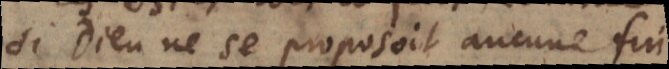
si Dieu ne se proposoit aucune fin